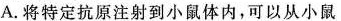
A.将特定抗原注射到小鼠体内，可以从小鼠